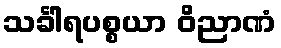
သင်္ခါရပစ္စယာ ဝိညာဏံ